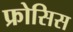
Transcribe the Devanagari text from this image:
फ्रोसिस